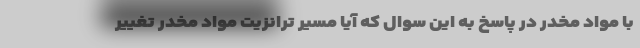
با مواد مخدر در پاسخ به این سوال که آیا مسیر ترانزیت مواد مخدر تغییر